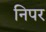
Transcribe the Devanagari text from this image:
निपर